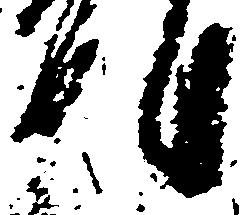
明